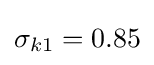
\sigma _{k1}=0.85